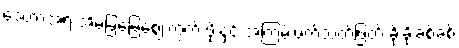
ဒေတာအရ အိမ်ခြံမြေဈေးကွက် ဖိုးနှင့် အကြမ်းဖက်သတ်ဖြတ် ခိုးခိုးခစ်ခစ်